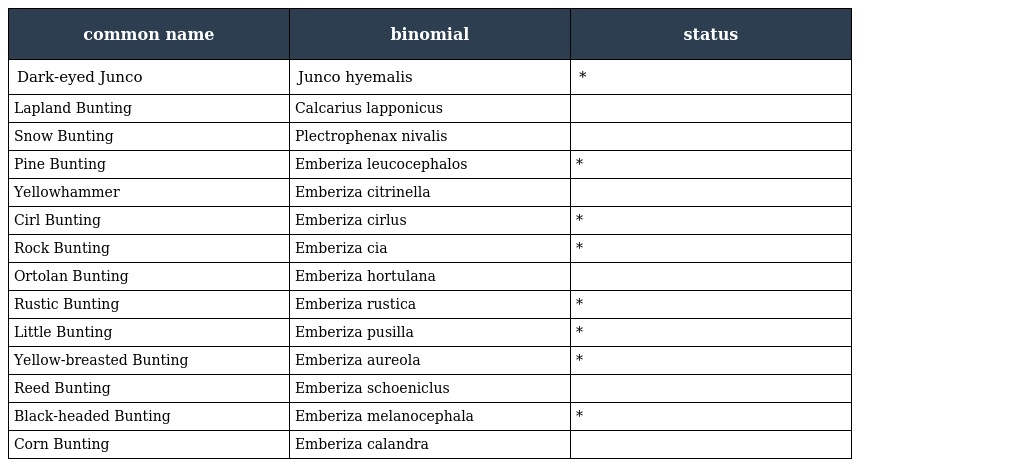
| common name | binomial | status |
 | --- | --- | --- |
 | Dark-eyed Junco | Junco hyemalis | * |
 | Lapland Bunting | Calcarius lapponicus |  |
 | Snow Bunting | Plectrophenax nivalis |  |
 | Pine Bunting | Emberiza leucocephalos | * |
 | Yellowhammer | Emberiza citrinella |  |
 | Cirl Bunting | Emberiza cirlus | * |
 | Rock Bunting | Emberiza cia | * |
 | Ortolan Bunting | Emberiza hortulana |  |
 | Rustic Bunting | Emberiza rustica | * |
 | Little Bunting | Emberiza pusilla | * |
 | Yellow-breasted Bunting | Emberiza aureola | * |
 | Reed Bunting | Emberiza schoeniclus |  |
 | Black-headed Bunting | Emberiza melanocephala | * |
 | Corn Bunting | Emberiza calandra |  |